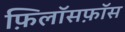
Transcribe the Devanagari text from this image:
फ़िलॉसफ़ॉस